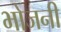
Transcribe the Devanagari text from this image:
भोजनी